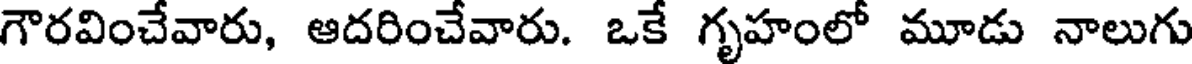
గౌరవించేవారు, ఆదరించేవారు. ఒకే గృహంలో మూడు నాలుగు